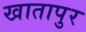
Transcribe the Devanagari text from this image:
खातापुर